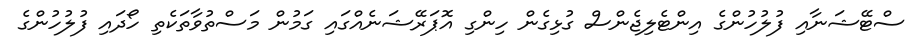
ސްޓޭޝަނާއި ފުލުހުންގެ އިންޓެލިޖެންސް ގުޅިގެން ހިންގި އޮޕަރޭޝަނެއްގައި ގަމުން މަސްތުވާތަކެތި ހޯދައި ފުލުހުންގެ